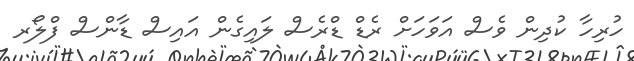
ހުރިހާ ކުދިން ވެސް އަވަހަށް ރެޑް ޑްރެސް ލައިގެން އައިސް ޑާންސް ފްލޯރ